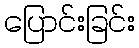
ပြောင်းခြင်း